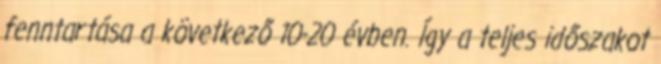
fenntartása a következő 10-20 évben. Így a teljes időszakot